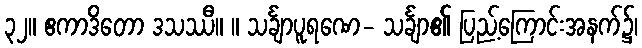
၃၂။ ဧကာဒိတော ဒသဿီ။ ။ သင်္ချာပူရဏေ- သင်္ချာ၏ ပြည့်ကြောင်းအနက်၌၊